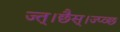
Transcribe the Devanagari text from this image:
ज्त्।छैस्।ज्प्व्छ